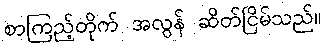
စာကြည့်တိုက် အလွန် ဆိတ်ငြိမ်သည်။